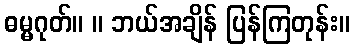
ဓမ္မဂုတ်။ ။ ဘယ်အချိန် ပြန်ကြတုန်း။